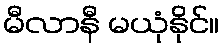
မီလာနီ မယုံနိုင်။